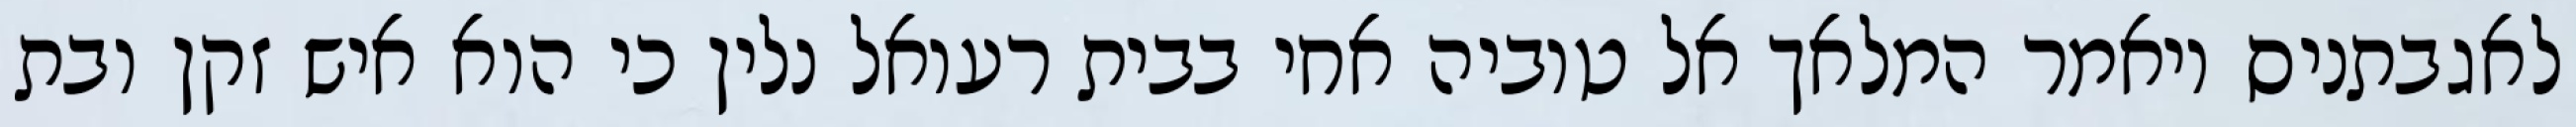
לאגבתניס ויאמר המלאך אל טוביה אחי בבית רעואל נלין כי הוא איש זקן ובת